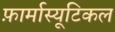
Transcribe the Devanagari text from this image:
फ़ार्मास्यूटिकल